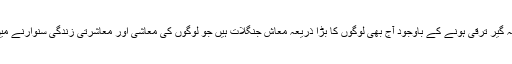
زندگی کے ہر شعبے میں ہمہ گیر ترقی ہونے کے باوجود آج بھی لوگوں کا بڑا ذریعہ معاش جنگلات ہیں جو لوگوں کی معاشی اور معاشرتی زندگی سنوارنے میں اہم کردار ادا کر ر ہے ہیں۔